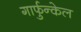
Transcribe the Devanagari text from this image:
गार्फुन्केल